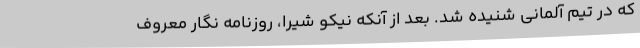
که در تیم آلمانی شنیده شد. بعد از آنکه نیکو شیرا، روزنامه نگار معروف